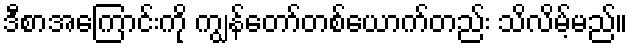
ဒီစာအကြောင်းကို ကျွန်တော်တစ်ယောက်တည်း သိလိမ့်မည်။